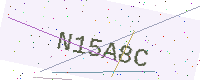
Text: N15A8C